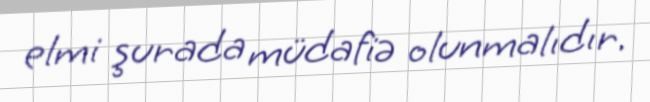
elmi şurada müdafiə olunmalıdır.